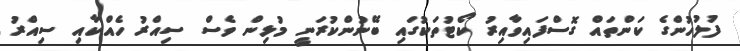
ފުލުހުންގެ ކަންތައް ގޮސްފައިވާއިރު ކޯޓުތަކުގައި ބޭނުންކުރަނީ މުޅިން ވެސް ސިއްރު ހެއްކާއި ސިއްރު